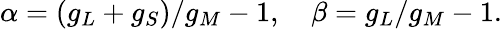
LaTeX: \alpha=(g_{L}+g_{S})/g_{M}-1,\quad\beta=g_{L}/g_{M}-1.